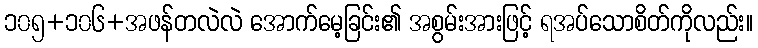
၁၀၅+၁၀၆+အဖန်တလဲလဲ အောက်မေ့ခြင်း၏ အစွမ်းအားဖြင့် ရအပ်သောစိတ်ကိုလည်း။